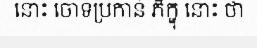
នោះ ចោទប្រកាន់ ភិក្ខុ នោះ ថា